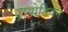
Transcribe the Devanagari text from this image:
ट्रायोडियन